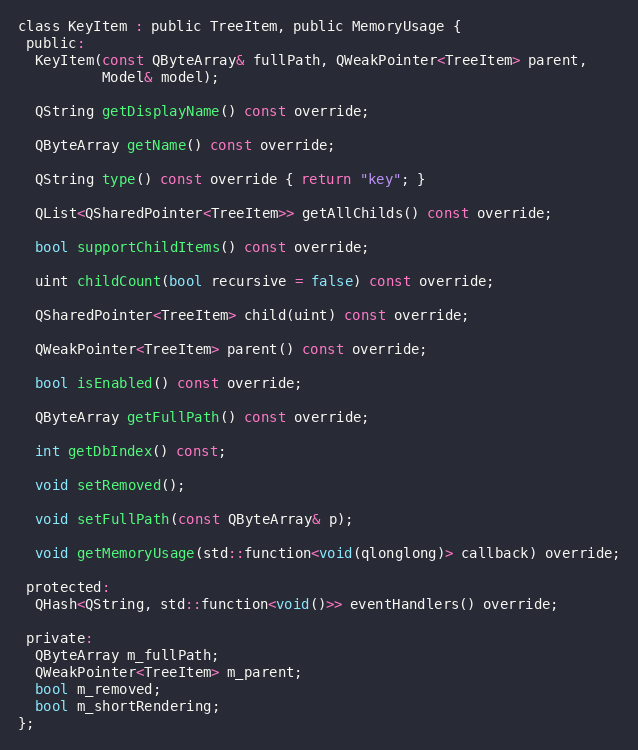
Language: C
class KeyItem : public TreeItem, public MemoryUsage {
 public:
  KeyItem(const QByteArray& fullPath, QWeakPointer<TreeItem> parent,
          Model& model);

  QString getDisplayName() const override;

  QByteArray getName() const override;

  QString type() const override { return "key"; }

  QList<QSharedPointer<TreeItem>> getAllChilds() const override;

  bool supportChildItems() const override;

  uint childCount(bool recursive = false) const override;

  QSharedPointer<TreeItem> child(uint) const override;

  QWeakPointer<TreeItem> parent() const override;

  bool isEnabled() const override;

  QByteArray getFullPath() const override;

  int getDbIndex() const;

  void setRemoved();

  void setFullPath(const QByteArray& p);

  void getMemoryUsage(std::function<void(qlonglong)> callback) override;

 protected:
  QHash<QString, std::function<void()>> eventHandlers() override;

 private:
  QByteArray m_fullPath;
  QWeakPointer<TreeItem> m_parent;
  bool m_removed;
  bool m_shortRendering;
};